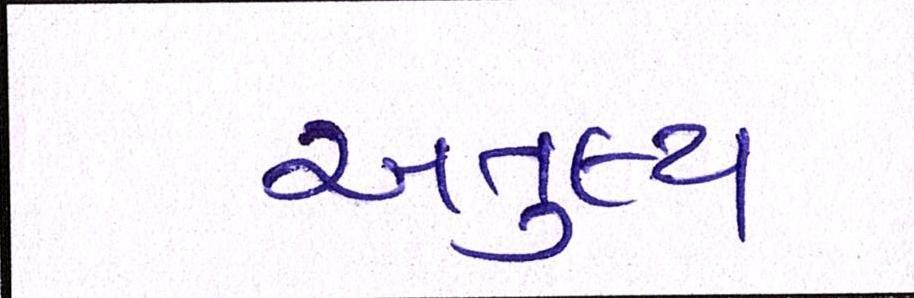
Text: અતુલ્ય